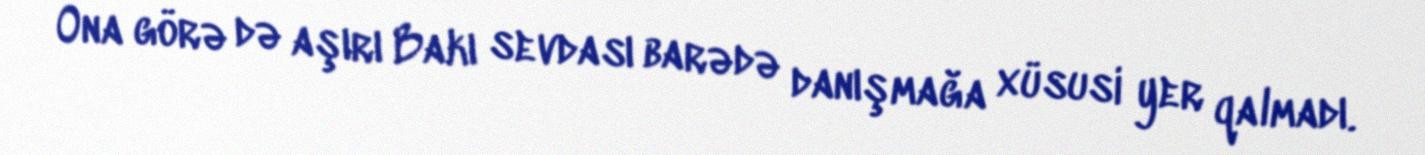
Ona görə də aşırı Bakı sevdası barədə danışmağa xüsusi yer qalmadı.